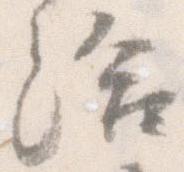
給